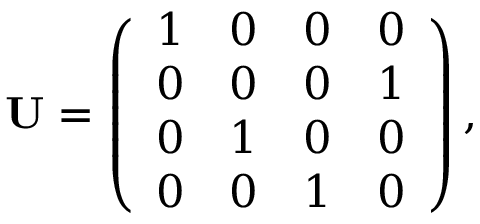
\begin{array} { r } { \ensuremath { \mathbf { U } } = \left( \begin{array} { c c c c } { 1 } & { 0 } & { 0 } & { 0 } \\ { 0 } & { 0 } & { 0 } & { 1 } \\ { 0 } & { 1 } & { 0 } & { 0 } \\ { 0 } & { 0 } & { 1 } & { 0 } \end{array} \right) , } \end{array}